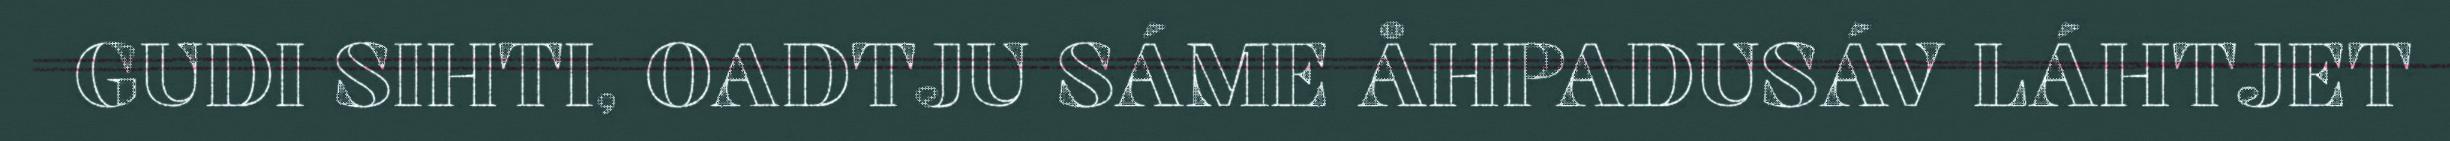
GUDI SIHTI, OADTJU SÁME ÅHPADUSÁV LÁHTJET